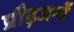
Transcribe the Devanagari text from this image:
प्रौढ़जनों